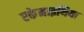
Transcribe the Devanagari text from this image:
एकेमाइथिया